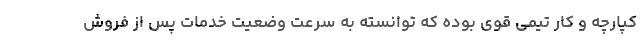
کپارچه و کار تیمی قوی بوده که توانسته به سرعت وضعیت خدمات پس از فروش